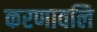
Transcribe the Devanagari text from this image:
करणावलि